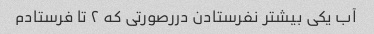
آب یکی بیشتر نفرستادن دررصورتی که ۲ تا فرستادم